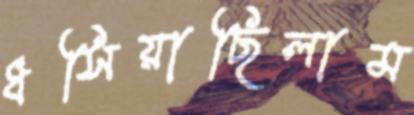
ধসিয়াছিলাম